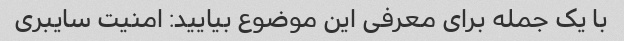
با یک جمله برای معرفی این موضوع بیایید: امنیت سایبری